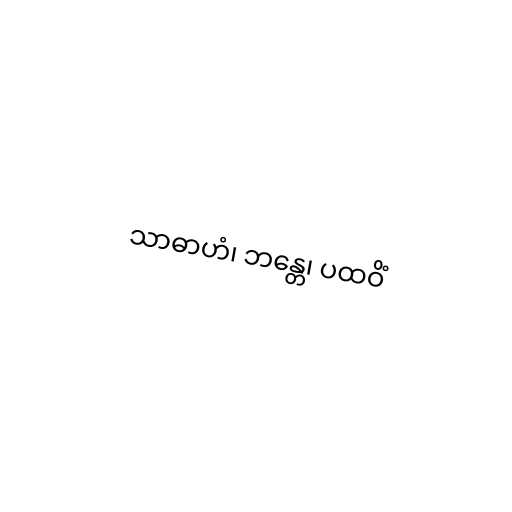
သာဓာဟံ၊ ဘန္တေ၊ ပထဝိံ